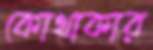
কোথাকার